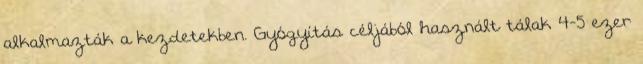
alkalmazták a kezdetekben. Gyógyítás céljából használt tálak 4-5 ezer